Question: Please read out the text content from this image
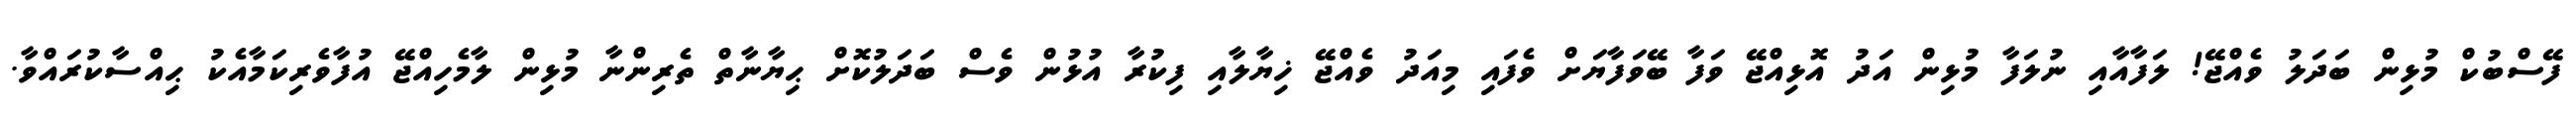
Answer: ފޭސްބުކް މުޅިން ބަދަލު ވެއްޖޭ! ލަފާއާއި ނުލަފާ މުޅިން އަދު އޮޅިއްޖޭ ވަފާ ބޭވަފާޔަށް ވެފައި މިއަދު ވެއްޖޭ ޚިޔާލާއި ފިކުރާ އުޅުން ވެސް ބަދަލުކޮށް ޙިޔާނާތް ތެރިންނާ މުޅިން ލާމެހިއްޖޭ އުފާވެރިކަމާއެކު ޙިއްސާކުރައްވާ.